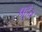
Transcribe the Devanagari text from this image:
पह़ुँच